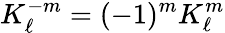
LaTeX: K_{\ell}^{-m}=(-1)^{m}K_{\ell}^{m}